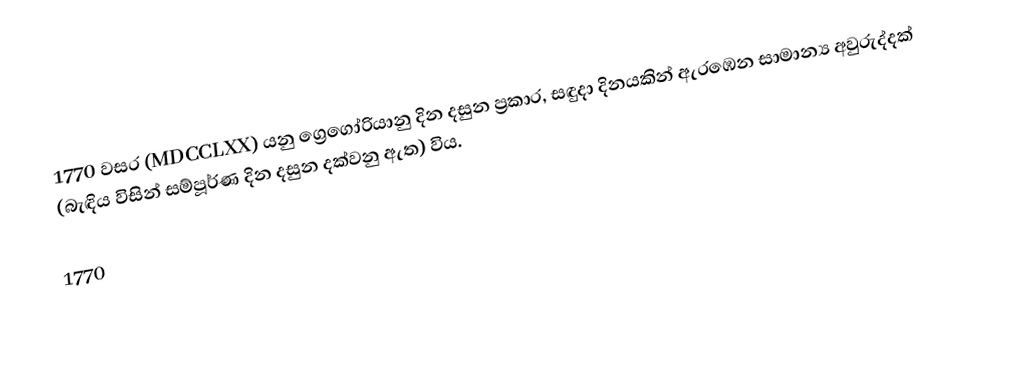
1770  වසර (MDCCLXX) යනු  ග්‍රෙගෝරියානු දින දසුන ප්‍රකාර, සඳුදා දිනයකින් ඇරඹෙන සාමාන්‍ය අවුරුද්දක් (බැඳිය විසින් සම්පූර්ණ දින දසුන දක්වනු ඇත)  විය.

1770